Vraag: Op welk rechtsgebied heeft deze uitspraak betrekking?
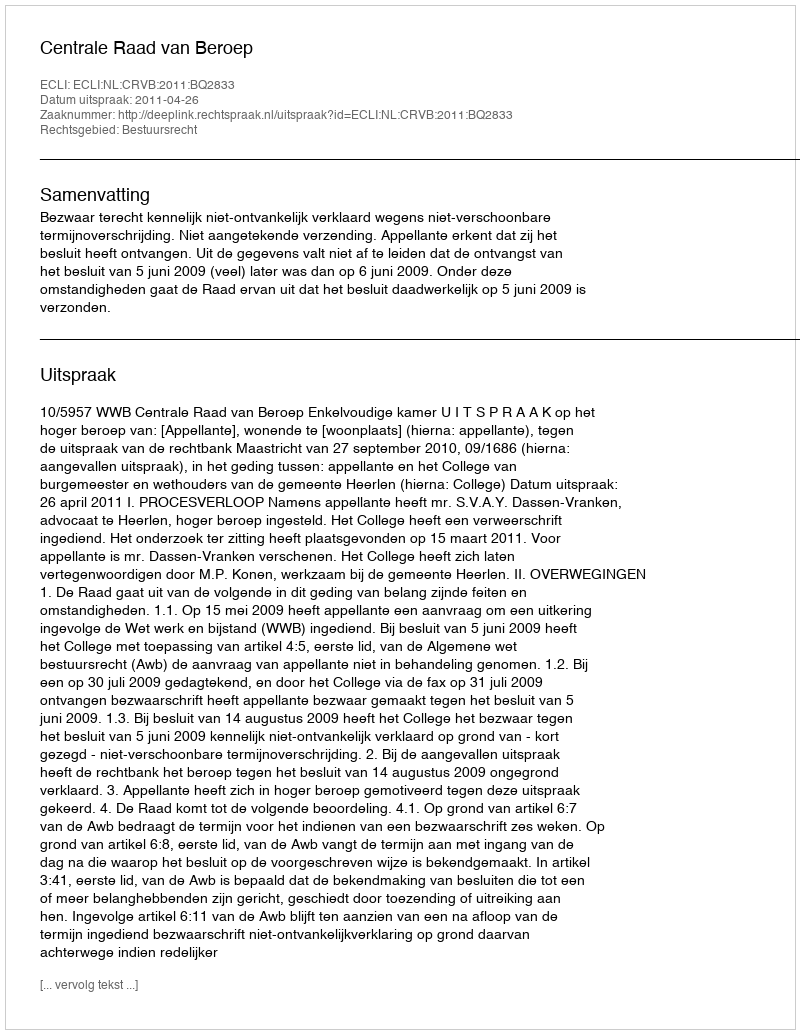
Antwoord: Bestuursrecht